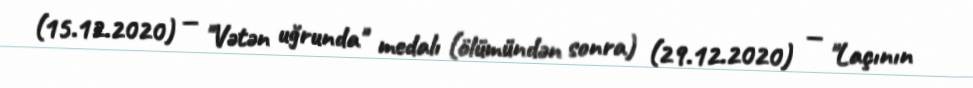
(15.12.2020) — "Vətən uğrunda" medalı (ölümündən sonra) (29.12.2020) — "Laçının